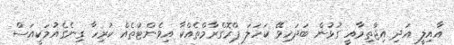
އާއިލީ އަދި އިޖްތިމާއީ ގުޅުން ބަދަހިވޭ ކަހަލަ ޕްރޮގްރާމްތެއްކާ އިވެންޓުތެއް ކުރިހާ ގިނެގެއުމަކީއަސް